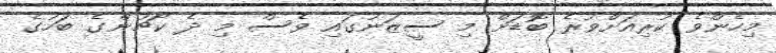
މިހެންވެ ކުރިއަށްވުރެ ބޮޑަށް މި ސީޒަނުގައި ވެސް މި ދެ ކޯޗުންގެ ބަހުގެ